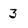
Character: 3